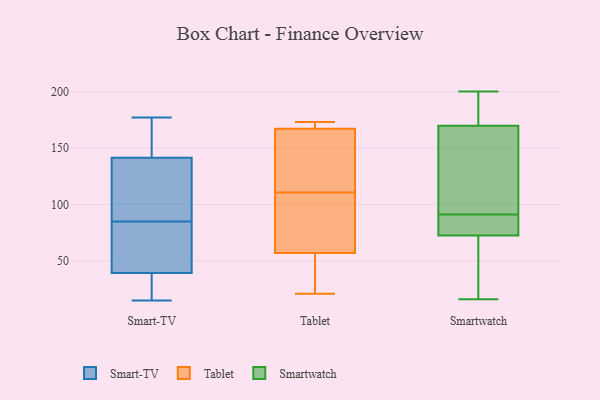
{"axis": {"x": "Page Views", "y": "Value"}, "legend": ["Smart-TV", "Smartwatch", "Tablet"], "data": [{"x": "", "y": 176, "type": "Smart-TV"}, {"x": "", "y": 44, "type": "Smart-TV"}, {"x": "", "y": 177, "type": "Smart-TV"}, {"x": "", "y": 101, "type": "Smart-TV"}, {"x": "", "y": 112, "type": "Smart-TV"}, {"x": "", "y": 33, "type": "Smart-TV"}, {"x": "", "y": 136, "type": "Smart-TV"}, {"x": "", "y": 40, "type": "Smart-TV"}, {"x": "", "y": 158, "type": "Smart-TV"}, {"x": "", "y": 32, "type": "Smart-TV"}, {"x": "", "y": 105, "type": "Smart-TV"}, {"x": "", "y": 60, "type": "Smart-TV"}, {"x": "", "y": 15, "type": "Smart-TV"}, {"x": "", "y": 85, "type": "Smart-TV"}, {"x": "", "y": 160, "type": "Smart-TV"}, {"x": "", "y": 81, "type": "Smart-TV"}, {"x": "", "y": 37, "type": "Smart-TV"}, {"x": "", "y": 113, "type": "Tablet"}, {"x": "", "y": 58, "type": "Tablet"}, {"x": "", "y": 167, "type": "Tablet"}, {"x": "", "y": 57, "type": "Tablet"}, {"x": "", "y": 31, "type": "Tablet"}, {"x": "", "y": 173, "type": "Tablet"}, {"x": "", "y": 169, "type": "Tablet"}, {"x": "", "y": 143, "type": "Tablet"}, {"x": "", "y": 108, "type": "Tablet"}, {"x": "", "y": 21, "type": "Tablet"}, {"x": "", "y": 175, "type": "Smartwatch"}, {"x": "", "y": 19, "type": "Smartwatch"}, {"x": "", "y": 78, "type": "Smartwatch"}, {"x": "", "y": 199, "type": "Smartwatch"}, {"x": "", "y": 56, "type": "Smartwatch"}, {"x": "", "y": 121, "type": "Smartwatch"}, {"x": "", "y": 147, "type": "Smartwatch"}, {"x": "", "y": 168, "type": "Smartwatch"}, {"x": "", "y": 16, "type": "Smartwatch"}, {"x": "", "y": 85, "type": "Smartwatch"}, {"x": "", "y": 200, "type": "Smartwatch"}, {"x": "", "y": 91, "type": "Smartwatch"}, {"x": "", "y": 89, "type": "Smartwatch"}]}